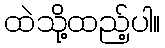
ထဲသို့ထည့်ပါ။